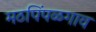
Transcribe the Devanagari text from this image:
मठपिंपळगाव